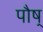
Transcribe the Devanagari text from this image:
पौष्